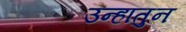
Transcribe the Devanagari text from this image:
उन्हातुन